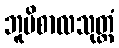
ဘူမိစာလသုတ္တံ